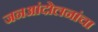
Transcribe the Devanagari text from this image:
जनआंदोलनांचा